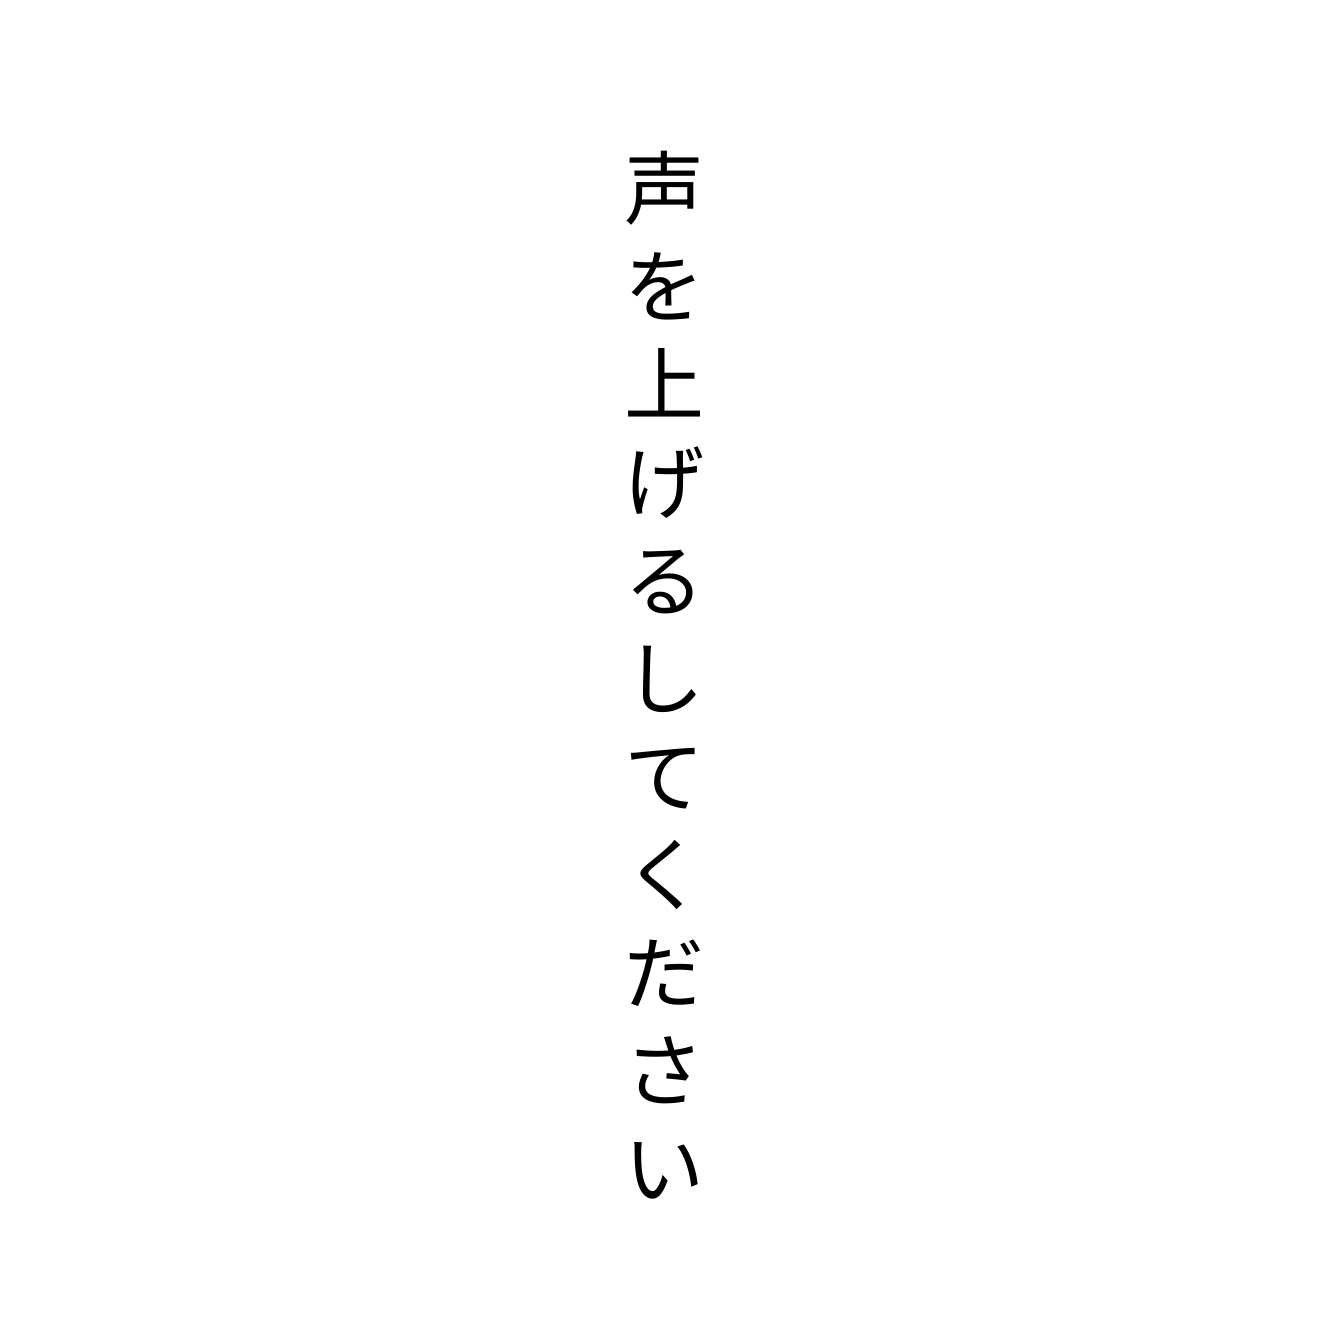
声を上げるしてください